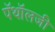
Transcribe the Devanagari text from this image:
पॅथॉलजी